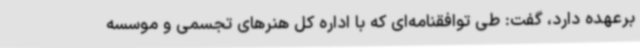
برعهده دارد، گفت: طی توافقنامه‌ای که با اداره کل هنرهای تجسمی و موسسه